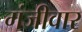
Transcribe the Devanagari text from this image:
गंजीवार